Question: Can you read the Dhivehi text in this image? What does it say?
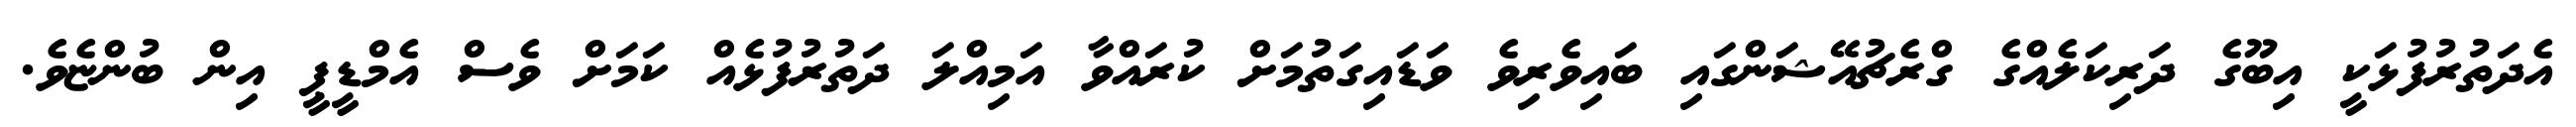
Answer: އެދަތުރުފުޅަކީ އިބޫގެ ދަރިކަލެއްގެ ގްރެޗުއޭޝަންގައި ބައިވެރިވެ ވަޑައިގަތުމަށް ކުރައްވާ އަމިއްލަ ދަތުރުފުޅެއް ކަމަށް ވެސް އެމްޑީޕީ އިން ބުންޏެވެ.